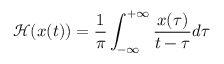
\mathcal { H } ( x ( t ) ) = \frac { 1 } { \pi } \int _ { - \infty } ^ { + \infty } \frac { x ( \tau ) } { t - \tau } d \tau